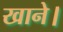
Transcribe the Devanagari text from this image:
खाने।